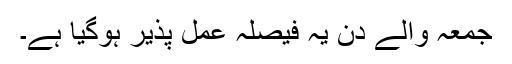
جمعہ والے دن یہ فیصلہ عمل پذیر ہوگیا ہے۔